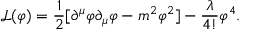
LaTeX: { \mathcal { L } } ( \varphi ) = { \frac { 1 } { 2 } } [ \partial ^ { \mu } \varphi \partial _ { \mu } \varphi - m ^ { 2 } \varphi ^ { 2 } ] - { \frac { \lambda } { 4 ! } } \varphi ^ { 4 } .